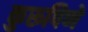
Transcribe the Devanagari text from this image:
कुरूपिणे